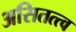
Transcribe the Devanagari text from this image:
असितत्त्व